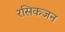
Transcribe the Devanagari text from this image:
रसिकजन